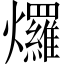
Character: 𤓓